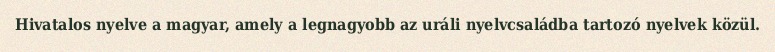
Hivatalos nyelve a magyar, amely a legnagyobb az uráli nyelvcsaládba tartozó nyelvek közül.